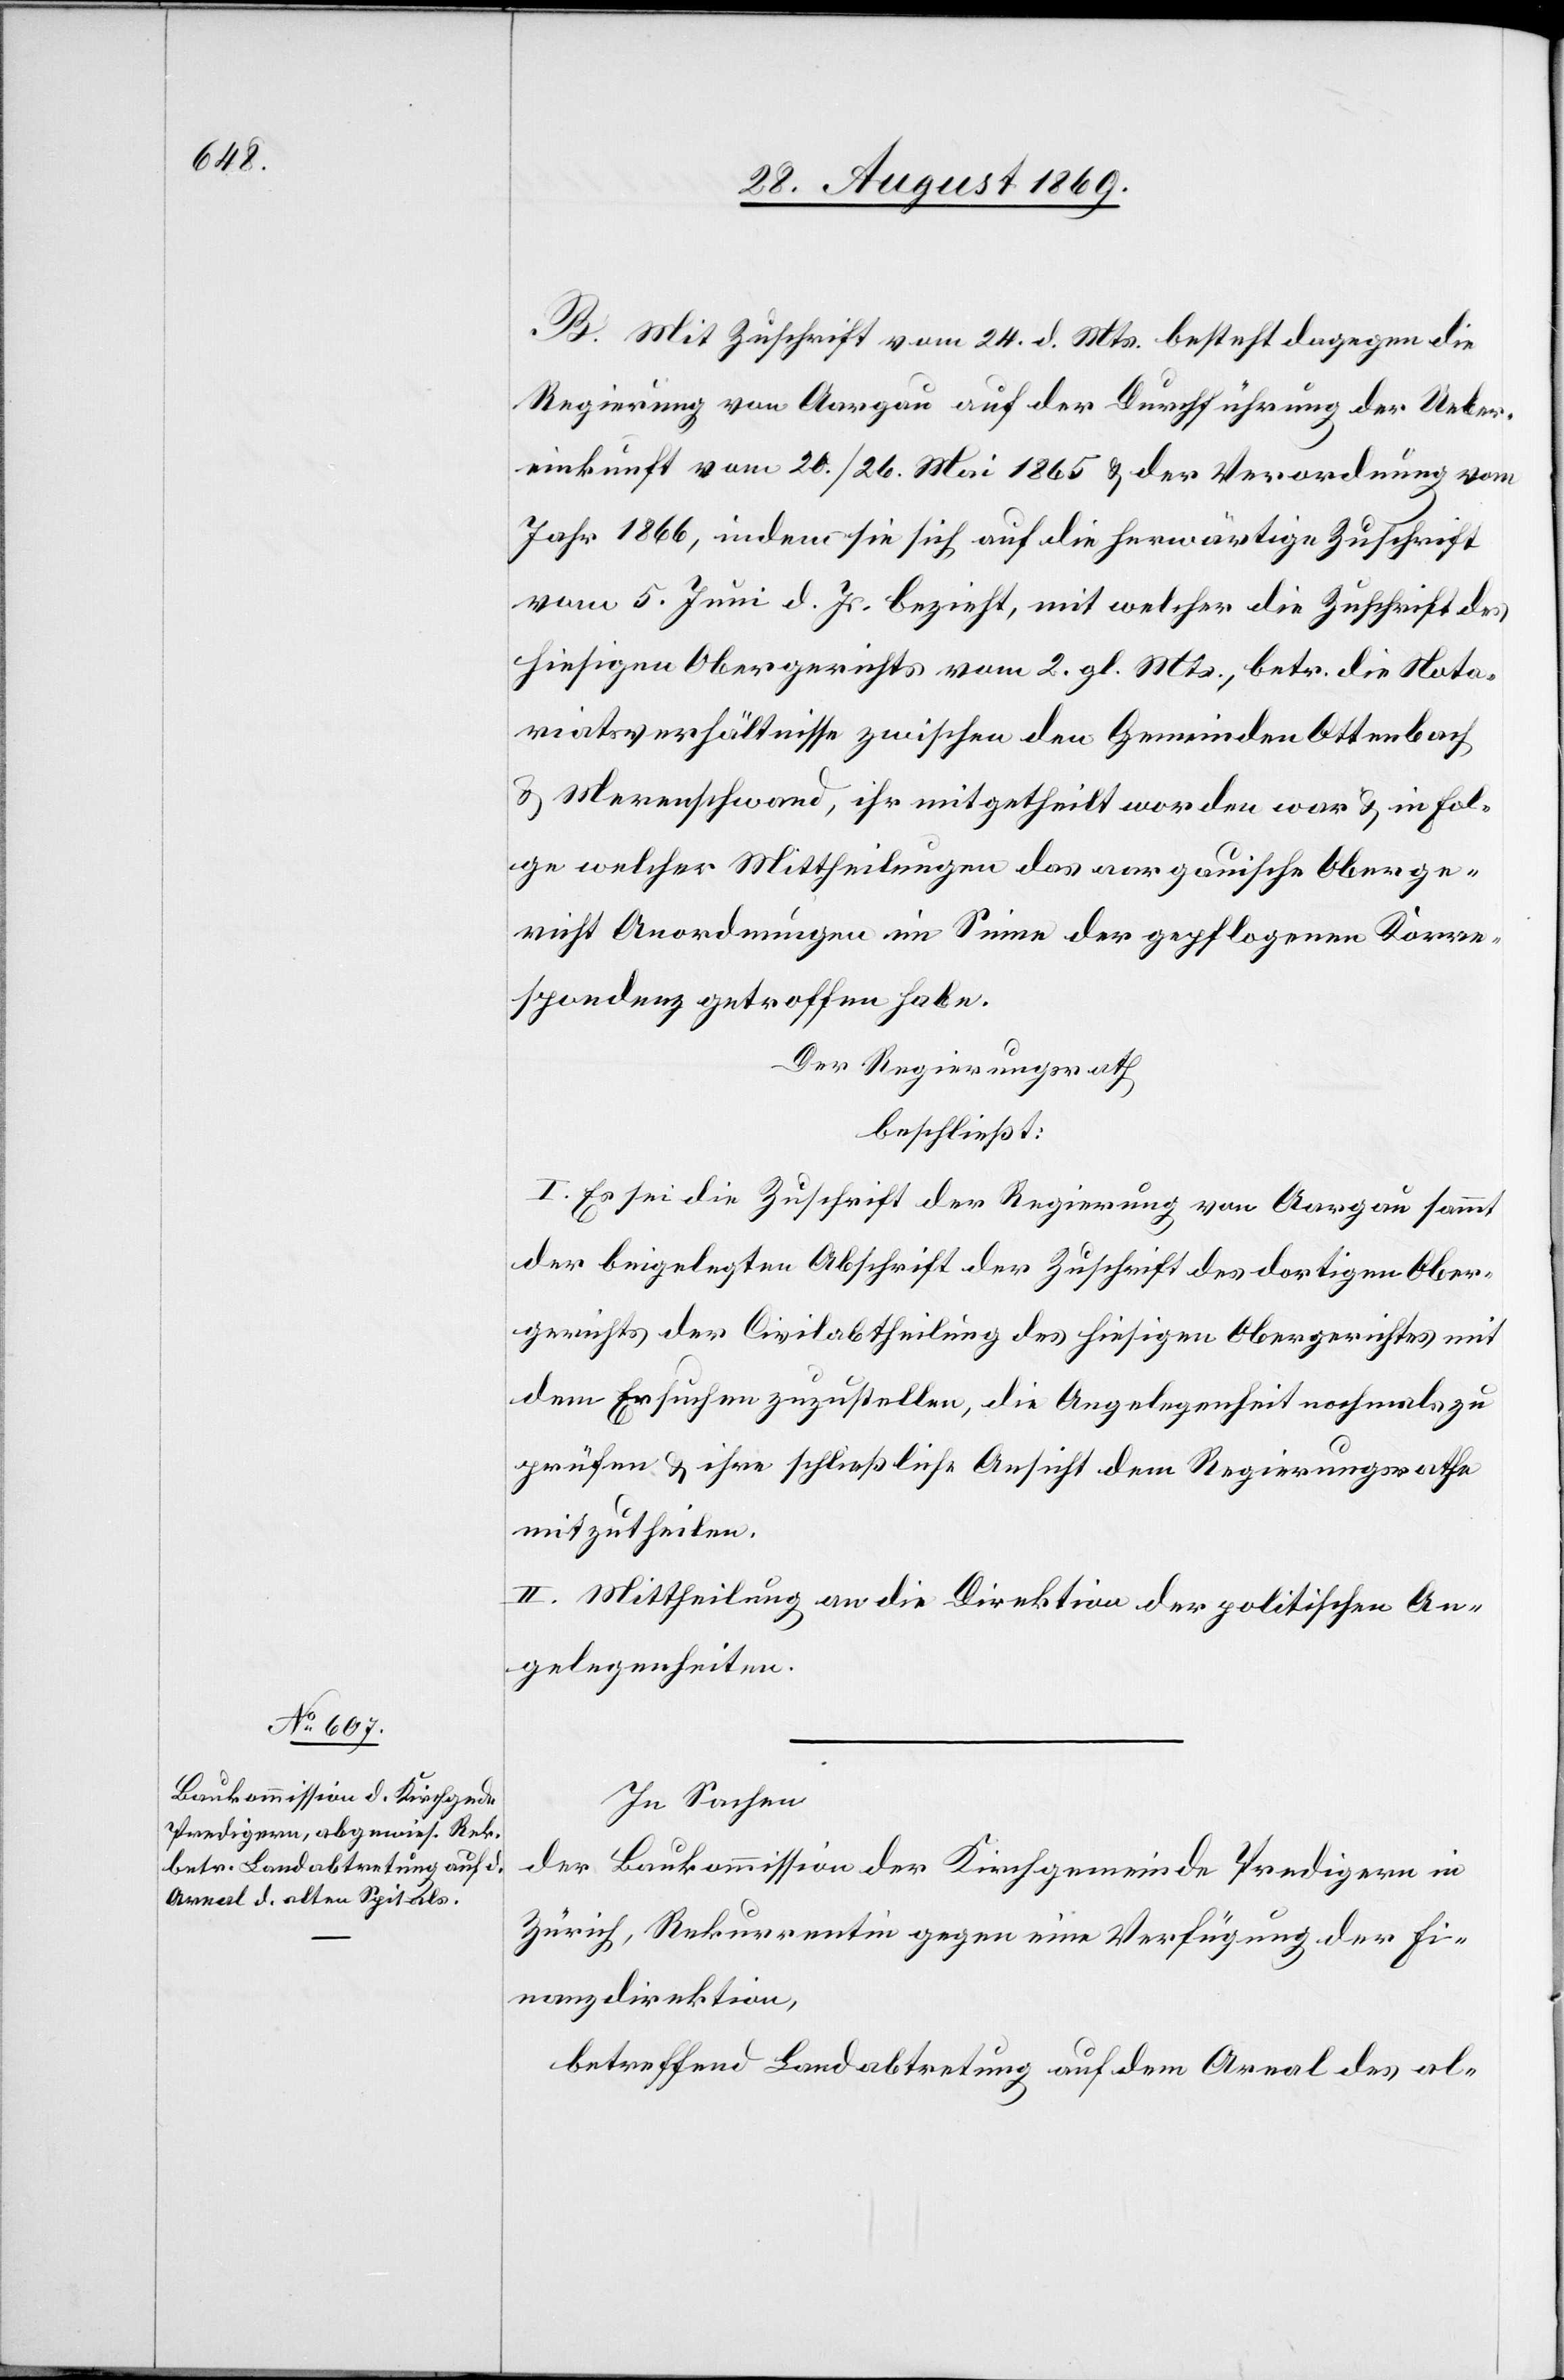
B. Mit Zuschrift vom 24. d. Mts. besteht dagegen die
Regierung von Aargau auf der Durchführung der Ueber¬
einkunft vom 20./26. Mai 1865 & der Verordnung vom
Jahr 1866, indem sie sich auf die herwärtige Zuschrift
vom 5. Juni d. Js. bezieht, mit welcher die Zuschrift des
hiesigen Obergerichts vom 2. gl. Mts., betr. die Nota¬
riatsverhältnisse zwischen den Gemeinden Ottenbach
& Merenschwand, ihr mitgetheilt worden war & in Fol¬
ge welcher Mittheilungen das aargauische Oberge¬
richt Anordnungen im Sinne der gepflogenen Korre¬
spondenz getroffen habe.
Der Regierungsrath
beschließt:
I. Es sei die Zuschrift der Regierung von Aargau sammt
der beigelegten Abschrift der Zuschrift des dortigen Ober¬
gerichts der Civilabtheilung des hiesigen Obergerichtes mit
dem Ersuchen zuzustellen, die Angelegenheit nochmals zu
prüfen & ihre schließliche Ansicht dem Regierungsrathe
mitzutheilen.
II. Mittheilung an die Direktion der politischen An¬
gelegenheiten.
In Sachen
der Baukommission der Kirchgemeinde Predigern in
Zürich, Rekurrentin gegen eine Verfügung der Fi¬
nanzdirektion,
betreffend Landabtretung auf dem Areal des al-